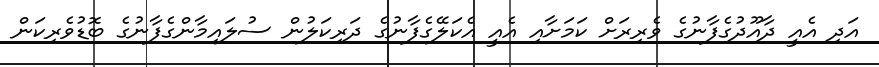
އަދި އެއީ ދާއޫދުގެފާނުގެ ވެރިރަށް ކަމަށާއި އެއީ އެކަލޭގެފާނުގެ ދަރިކަލުން ސުލައިމާންގެފާނުގެ ބޮޑުވެރިކަން